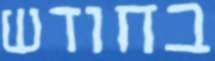
בחודש